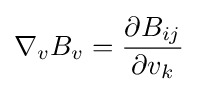
\nabla _{v}B_{v}={\frac {\partial B_{ij}}{\partial v_{k}}}